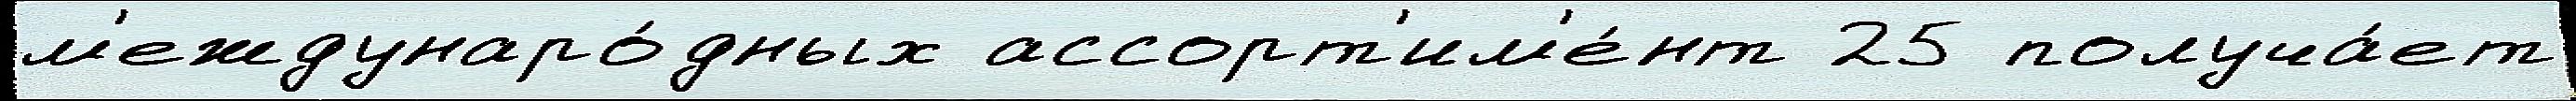
м'еждунаро́дных ассорт'им'е́нт 25 получа́ет